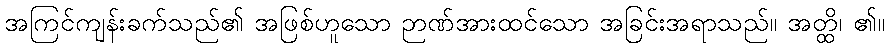
အကြင်ကျန်းခက်သည်၏ အဖြစ်ဟူသော ဉာဏ်အားထင်သော အခြင်းအရာသည်။ အတ္ထိ၊ ၏။